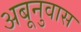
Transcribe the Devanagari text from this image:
अबूनुवास